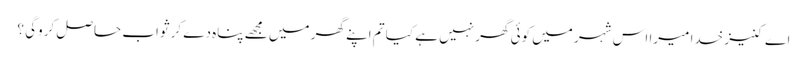
اے کنیز خدا میرا اس شہر میں کوئی گھر نہیں ہے کیا تم اپنے گھر میں مجھے پناہ دے کر ثواب حاصل کروگی ؟